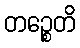
တဉ္စေတိ